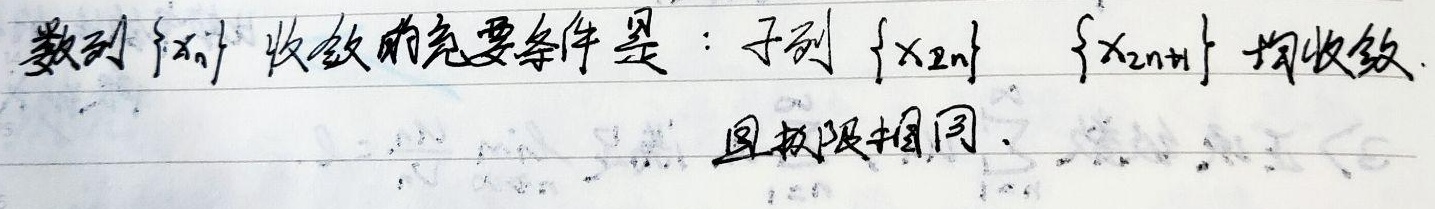
数列\(\{x_n\}\)收敛的充要条件是：子列\(\{x_{2n}\}\)，\(\{x_{2n + 1}\}\)均收敛且极限相同。